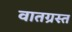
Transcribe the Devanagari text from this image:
वातग्रस्त